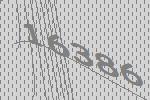
16386